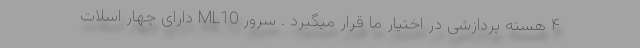
۴ هسته پردازشی در اختیار ما قرار میگیرد . سرور ML10 دارای چهار اسلات